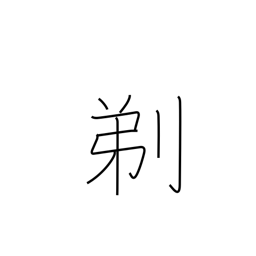
Meaning: shave